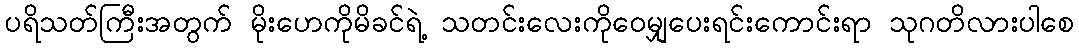
ပရိသတ်ကြီးအတွက် မိုးဟေကိုမိခင်ရဲ့ သတင်းလေးကိုဝေမျှပေးရင်းကောင်းရာ သုဂတိလားပါစေ